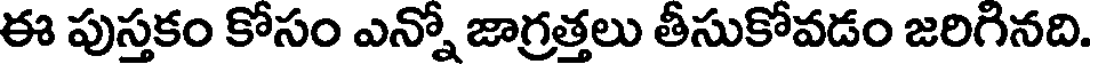
ఈ పుస్తకం కోసం ఎన్నో జాగ్రత్తలు తీసుకోవడం జరిగినది.